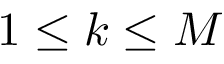
1 \leq k \leq M